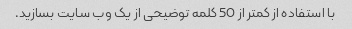
با استفاده از کمتر از 50 کلمه توضیحی از یک وب سایت بسازید.